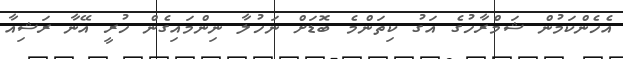
އެހެންކަމުން ޝަމްރާހުގެ އަގު ކިތަންމެ ބޮޑަށް ނަހުލާ ނިންމައިގެން ހުރީ އޭނާ ރަޝިއާ